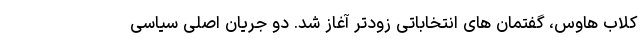
کلاب هاوس، گفتمان های انتخاباتی زودتر آغاز شد. دو جریان اصلی سیاسی